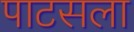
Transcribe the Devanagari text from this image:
पाटसला